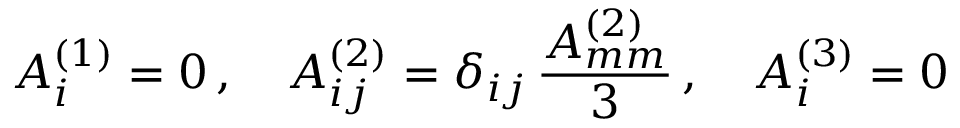
A _ { i } ^ { ( 1 ) } = 0 \, , \quad A _ { i j } ^ { ( 2 ) } = \delta _ { i j } \, \frac { A _ { m m } ^ { ( 2 ) } } { 3 } \, , \quad A _ { i } ^ { ( 3 ) } = 0